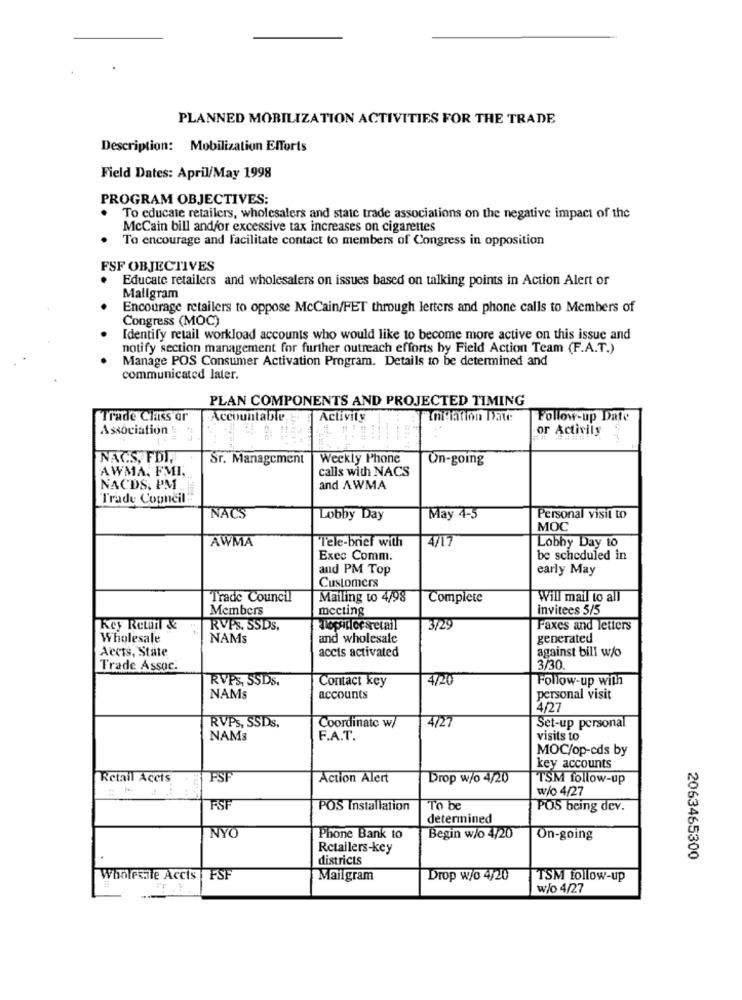
PLANNED MOBILIZATION ACTIVITIES FOR THE TRADE
Description: Mobilization Efforts
Field Dates: April/May 1998
PROGRAM OBJECTIVES:
To educate retailers, wholesalers and state trade associations on the negative impact of the
McCain bill and/or excessive tax increases on cigarettes
To encourage and facilitate contact to members of Congress in opposition
FSF OBJECTIVES
.
Educate retailers and wholesalers on issues based on talking points in Action Alert or
Mallgram
Encourage retailers to oppose McCain/FET through letters and phone calls to Members of
Congress (MOC)
Identify retail workload accounts who would like to become more active on this issue and
notify section management for further outreach efforts by Field Action Team (F.A.T.)
Manage POS Consumer Activation Program. Details to be determined and
communicated later
PLAN COMPONENTS AND PROJECTED TIMING
Trade Class or
Accountable,
Activity
Location Date:
Follow-up Date
Association
or Activity
NACS, FDI.
Sr. Management
Weekly Phone
On-going
AWMA, FMI,
calls with NACS
NACDS. PM
and AWMA
Trade Copneil
NACS
Lobby Day
May 4-5
Personal visit to
MOC
AWMA
4/17
Lobby Day to
Tele-brief with
Exec Comm.
be scheduled in
and PM Top
early May
Customers
Trade Council
Mailing to 4/98
Complete
Will mail to all
Members
meeting
invitees 5/5
Key Returt &
RVPS, SSDS,
noputlor sretail
3/29
Faxes and letters
Wholesale
NAMs
and wholesale
generated
accis activated
against bill w/o
Accts, State
Trade Assoc.
3/30.
RVPS, SSDS,
Contact key
4/20
Follow-up with
NAMs
accounts
personal visit
4/27
RVPS, SSDs.
Coordinate w/
4/27
Set-up personal
NAMs
F.A.T.
visits to
MOC/op-cds by
key accounts
Retail Accts
FSF
Action Alert
Drop w/o 4/20
TSM follow-up
w/o 4/27
FSF
POS Installation
To be
POS being dev.
determined
NYO
Phone Bank to
Begin w/o 4/20
On-going
Retailers-key
districts
2063465300
Wholesale Accts FSF
Mailgram
Drop w/o 4/20
TSM follow-up
w/o 4/27